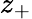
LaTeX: z_{+}